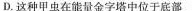
D.这种甲虫在能量金字塔中位于底部